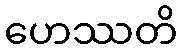
ဟေဿတိ